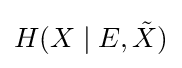
H(X\mid E,{\tilde {X}})